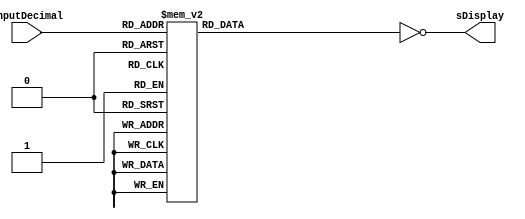
module display(inputDecimal, sDisplay);

	 input  [3:0]inputDecimal;
    reg[6:0]saidaDisplay;
	 output wire [6:0]sDisplay;
    
always @*
case (inputDecimal)
4'b0000 :      	//Hexadecimal 0
saidaDisplay = 7'b1111110;
4'b0001 :    		//Hexadecimal 1
saidaDisplay = 7'b0110000  ;
4'b0010 :  		// Hexadecimal 2
saidaDisplay = 7'b1101101 ; 
4'b0011 : 		// Hexadecimal 3
saidaDisplay = 7'b1111001 ;
4'b0100 :		// Hexadecimal 4
saidaDisplay = 7'b0110011 ;
4'b0101 :		// Hexadecimal 5
saidaDisplay = 7'b1011011 ;  
4'b0110 :		// Hexadecimal 6
saidaDisplay = 7'b1011111 ;
4'b0111 :		// Hexadecimal 7
saidaDisplay = 7'b1110000;
4'b1000 :     		 //Hexadecimal 8
saidaDisplay = 7'b1111111;
4'b1001 :    		//Hexadecimal 9
saidaDisplay = 7'b1111011 ;

default:
	saidaDisplay = 7'b1111110;

endcase
 assign sDisplay = ~saidaDisplay;
endmodule